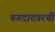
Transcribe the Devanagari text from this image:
बगदादवरची